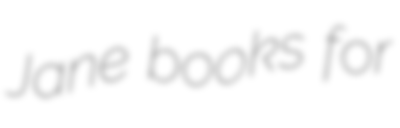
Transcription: Jane books for